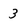
Character: 3